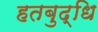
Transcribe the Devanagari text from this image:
हतबुद्धि